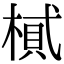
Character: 𣖿